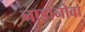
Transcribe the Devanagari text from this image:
नाडानोवा